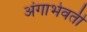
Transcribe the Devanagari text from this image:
अंगाभेवती